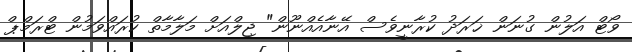
ވޯޓް އަލުން ގުނަން ޚަރަދު ކުރާނީވެސް އޭނާއެއްނޫން" ޖިލްއަށް މަލާމާތް ކުރައްވަމުން ޓްރަމްޕް